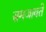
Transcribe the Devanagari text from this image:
समजावते